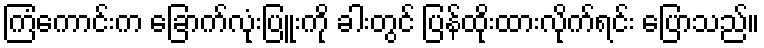
ကြံကောင်းက ခြောက်လုံးပြူးကို ခါးတွင် ပြန်ထိုးထားလိုက်ရင်း ပြောသည်။